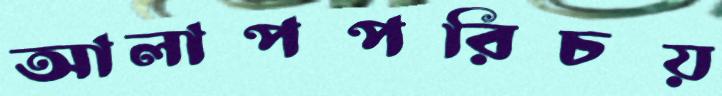
আলাপপরিচয়